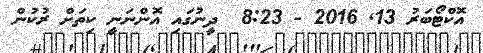
އޮކްޓޯބަރު 13